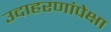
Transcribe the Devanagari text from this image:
उदाहरणांपेक्षा